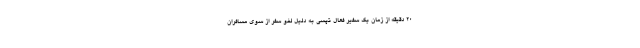
۲۰ دقیقه از زمان یک سفیر فعال تپسی به دلیل لغو سفر از سوی مسافران